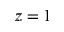
z = 1